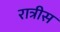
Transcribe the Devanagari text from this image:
रात्रीस